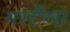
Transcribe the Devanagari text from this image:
मस्टैंग्स